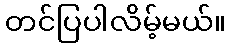
တင်ပြပါလိမ့်မယ်။